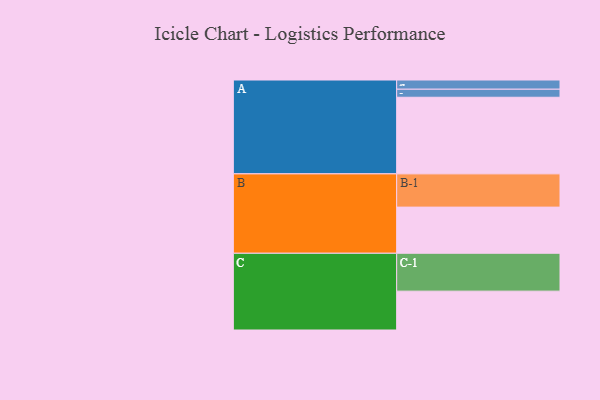
{"axis": {"x": "Segment", "y": "Value"}, "legend": ["", "A", "B", "C"], "data": [{"x": "A", "y": 599, "type": ""}, {"x": "B", "y": 361, "type": ""}, {"x": "C", "y": 304, "type": ""}, {"x": "A-1", "y": 63, "type": "A"}, {"x": "A-2", "y": 72, "type": "A"}, {"x": "B-1", "y": 260, "type": "B"}, {"x": "C-1", "y": 296, "type": "C"}]}